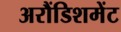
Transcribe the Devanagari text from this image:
अरौंडिशमेंट